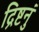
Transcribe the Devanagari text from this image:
द्रिष्टनुं